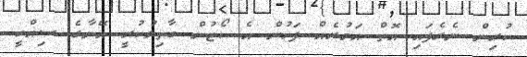
ކުރިން ނެރެފައި އޮތް އަމުރެއް ފަހުން އެ ކޯޓުން ބާތިލުކުރީ އޭނާގެ ސިއްހީ